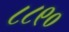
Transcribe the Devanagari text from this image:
८८९०